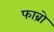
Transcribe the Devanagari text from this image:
फाब्रो